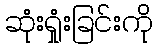
ဆုံးရှုံးခြင်းကို